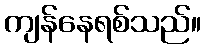
ကျန်နေရစ်သည်။